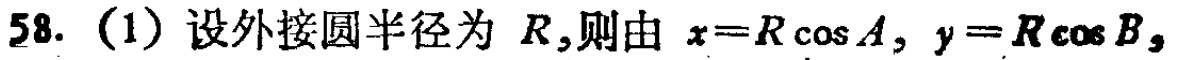
58. (1) 设外接圆半径为 \(R\),则由 \(x = R\cos A,\ y = R\cos B,\)